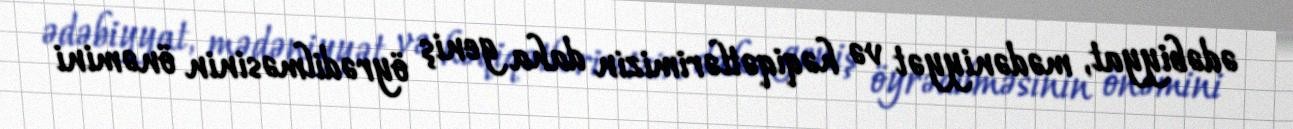
ədəbiyyat, mədəniyyət və həqiqətlərimizin daha geniş öyrədilməsinin önəmini